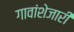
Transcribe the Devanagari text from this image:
गावांशेजारी